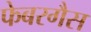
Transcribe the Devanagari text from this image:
फेबरगैस